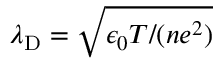
\lambda _ { \mathrm { D } } = \sqrt { { \epsilon _ { 0 } T } / { ( n e ^ { 2 } ) } }